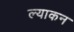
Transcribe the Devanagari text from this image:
ल्याकन